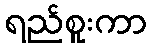
ရည်စူးကာ